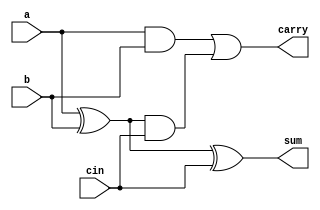
`timescale 1ns / 1ps
//////////////////////////////////////////////////////////////////////////////////
// Company: 
// Engineer: 
// 
// Design Name: 
// Module Name: fulladder
// Project Name: 
// Target Devices: 
// Tool Versions: 
// Description: 
// 
// Dependencies: 
// 
// Revision:
// Revision 0.01 - File Created
// Additional Comments:
// 
//////////////////////////////////////////////////////////////////////////////////


module fulladder(sum,carry,a,b,cin);
input a,b,cin;
output sum,carry;
wire t1,t2,t3;
xor(sum,a,b,cin);
xor(t3,a,b);
and(t1,a,b);
and(t2,t3,cin);
or(carry,t1,t2);
endmodule